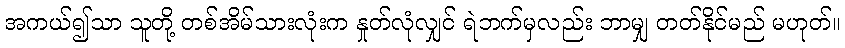
အကယ်၍သာ သူတို့ တစ်အိမ်သားလုံးက နှုတ်လုံလျှင် ရဲဘက်မှလည်း ဘာမျှ တတ်နိုင်မည် မဟုတ်။